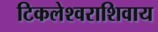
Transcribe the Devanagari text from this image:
टिकलेश्वराशिवाय